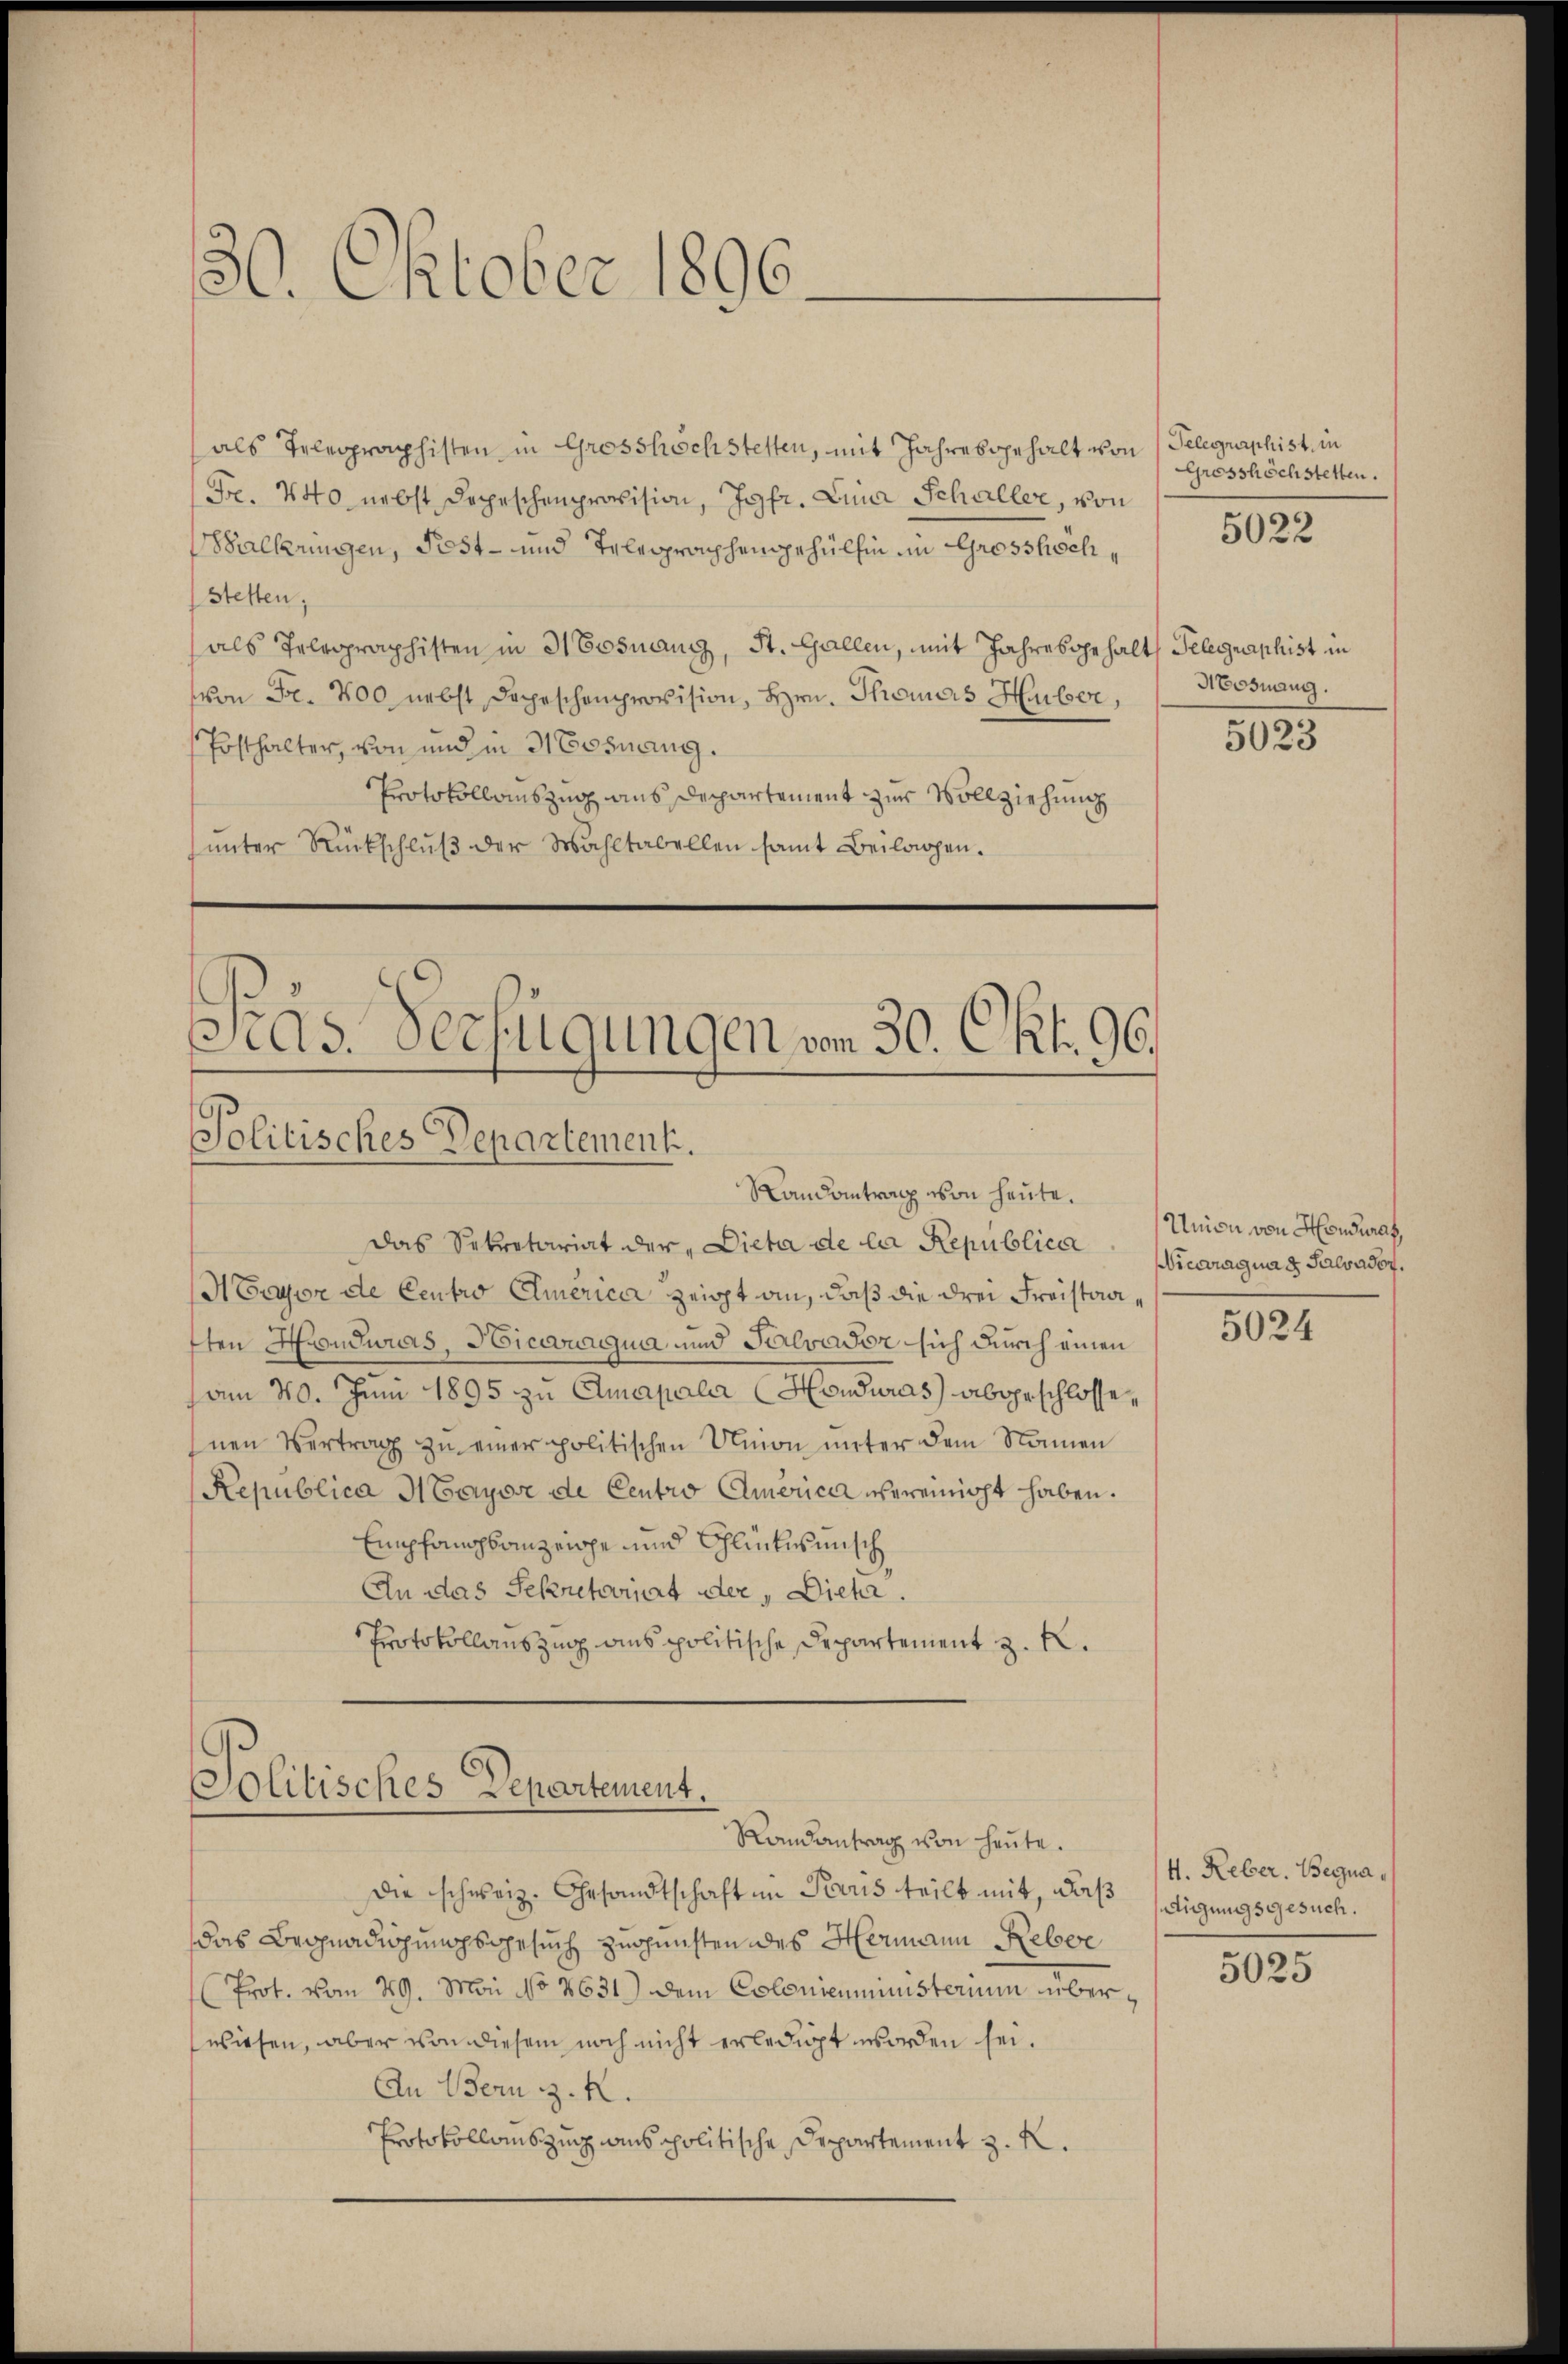
30. Oktober 1896.

als Telegraphisten in Grosshöchstetten, mit Jahresgehalt von Telegraphist, in
Fr. 440 nebst Depeschenprovision, Jgfr. Lina Schaller, von
Walkerungen, Post- und Telegraphengehülfen im Grosshöch¬
Stetten;
als Telegraphisten in Mosnang, St. Gallen, mit Jahresgehalt Telegraphist in
von Fr. 200 nebst Depeschenprovision, Hrn. Thomas Huber,
Posthalter, von und in 3 Cosnang
Protokollauszug aus Departement zur Vollziehung
ŭnter Rückschlŭβ der Wahltabellen samt Beilagen.

Jas. Verfügungen von 30. Okt. 96.
Politisches Departement.
Randantrag von heute.

Das Sekretariat der „Dicta de la Republica
Hryon de Centro America zeigt an, daß die drei Freistaaften Honduras, Hicargua und Palvaser sich durch einen
am 30. Juni 1895 zu Amapala (Honduras) abgeschlossenen Vertrag zŭ einer politischen Union unter dem Namen
Republica Hayore de Centro America vereinicht haben.
Empfangsanzeiche und Schlintermisch
An das Sekretariat der Dich.
Protokollauszug aus politische Departement z. B.
Politisches Departement.
Randantrag von heute.
die schweiz. Gesandtschaft in Paris teilt mit, daß digungsgesuch.
das Begnadigungsgesuch zugunsten des Hermann Reber
Prot. vom 29. Mai No 2631) Dem Colonienministerium überwiesen, aber von diesem noch nicht erledigt worden sei.
An Bern z. R.
Protokollauszug aus politische Departement z. R.

Grosshöchstetten.

5022

Hosnang.

5023

Union von Hondurat
Vicaragua u Salvadoy.

5024

4. Reber. Begna¬

5025